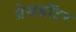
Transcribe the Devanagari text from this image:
प्रेसडॉटर